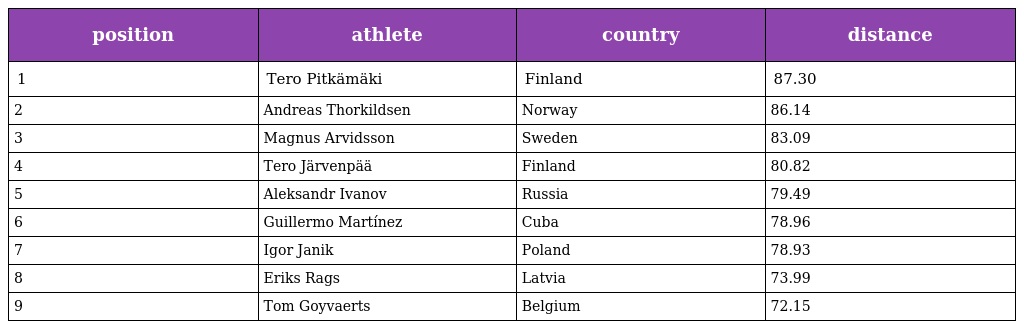
| position | athlete | country | distance |
 | --- | --- | --- | --- |
 | 1 | Tero Pitkämäki | Finland | 87.30 |
 | 2 | Andreas Thorkildsen | Norway | 86.14 |
 | 3 | Magnus Arvidsson | Sweden | 83.09 |
 | 4 | Tero Järvenpää | Finland | 80.82 |
 | 5 | Aleksandr Ivanov | Russia | 79.49 |
 | 6 | Guillermo Martínez | Cuba | 78.96 |
 | 7 | Igor Janik | Poland | 78.93 |
 | 8 | Eriks Rags | Latvia | 73.99 |
 | 9 | Tom Goyvaerts | Belgium | 72.15 |